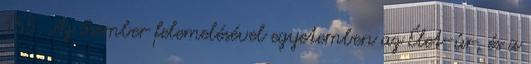
155. Az ősember felemelésével egyetemben az Élet-úr, és a